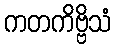
ကတကိဗ္ဗိသံ